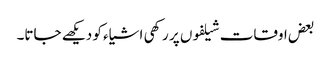
بعض اوقات شیلفوں پر رکھی اشیاء کو دیکھے جاتا۔